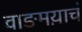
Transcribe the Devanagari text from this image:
वाङमय़ाचं